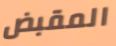
المقبض